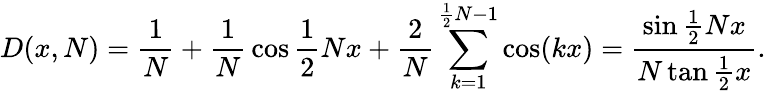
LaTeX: D(x,N)={\frac{1}{N}}+{\frac{1}{N}}\cos{\frac{1}{2}}Nx+{\frac{2}{N}}\sum_{k=1}^{{\frac{1}{2}}N-1}\cos(kx)={\frac{\sin{\frac{1}{2}}Nx}{N\tan{\frac{1}{2}}x}}.